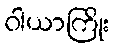
ဝါယာကြိုး